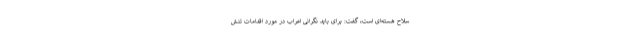
سلاح هسته‌ای است، گفت: برای باید نگرانی اعراب در مورد اقدامات تنش‌